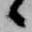
候